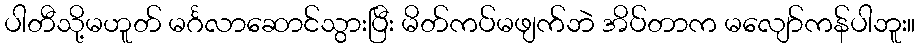
ပါတီသို့မဟူတ် မင်္ဂလာဆောင်သွားပြီး မိတ်ကပ်မဖျက်ဘဲ အိပ်တာက မလျော်ကန်ပါဘူး။